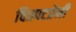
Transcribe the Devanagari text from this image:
चित्रपटप्रेमी